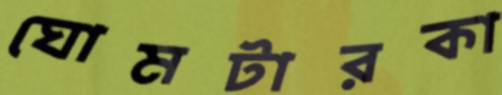
ঘোমটারকা